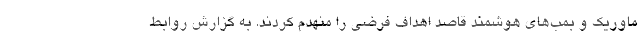
ماوریک و بمب‌های هوشمند قاصد اهداف فرضی را منهدم کردند. به گزارش روابط